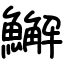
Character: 䲒